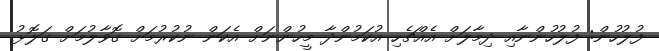
ފުލުހުން: ފުލުހުންނާއި ދިމާލަށް އެއްޗެހި އުކަމުންދާ މީހުންނަށް އެކަން ނުކުރުމަށް ގޮވާލުމަށް ގަލޮޅު